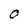
Character: O